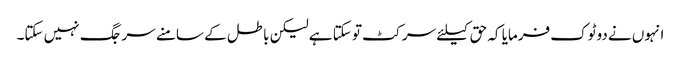
انہوں نے دوٹوک فرمایا کہ حق کیلئے سر کٹ تو سکتا ہے لیکن باطل کے سامنے سر جگ نہیں سکتا۔